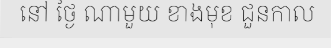
នៅ ថ្ងៃ ណាមួយ ខាងមុខ ជួនកាល